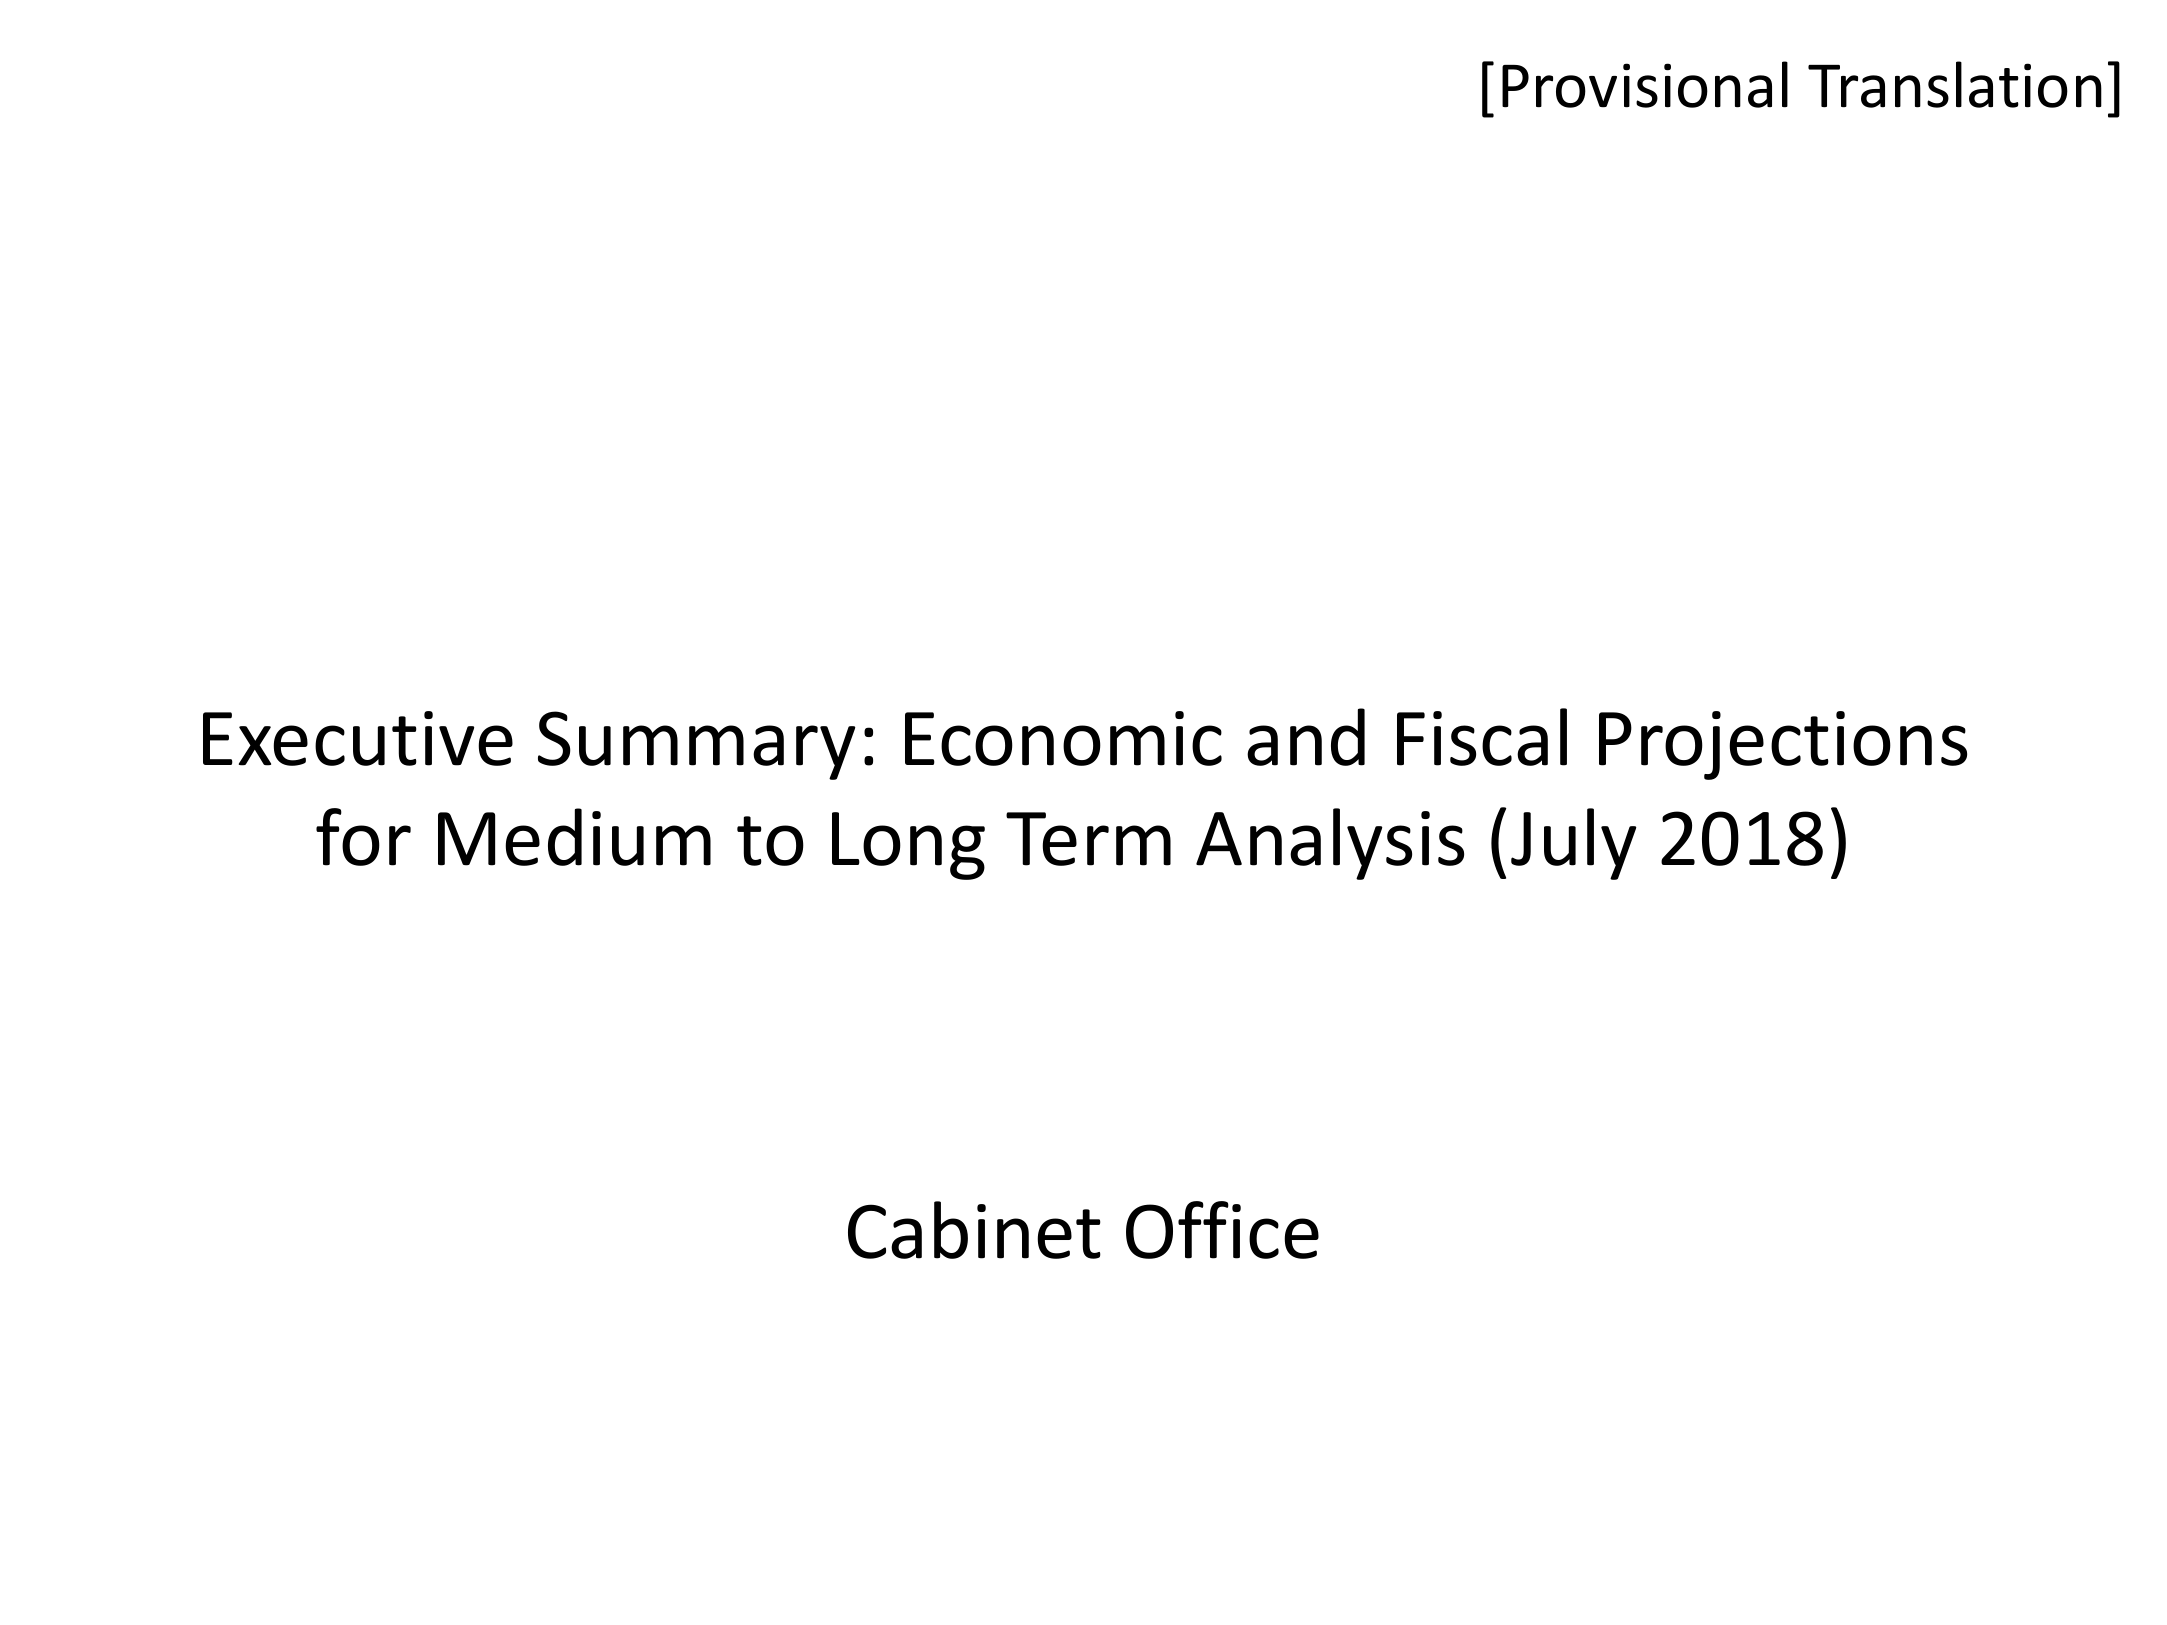
[Provisional Translation]

Executive Summary: Economic and Fiscal Projections
for Medium to Long Term Analysis (July 2018)

Cabinet Office